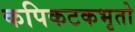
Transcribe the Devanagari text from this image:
कपिकटकभृतो